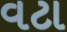
વટા